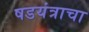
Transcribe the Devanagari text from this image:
षडयंत्राचा